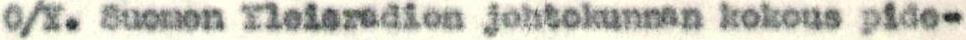
O/Y. Suomen Yleisradion johtokunnan kokous pide-